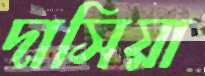
দাসিয়া